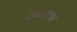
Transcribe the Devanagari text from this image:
कत्सुओ